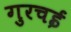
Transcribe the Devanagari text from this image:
गुरचई